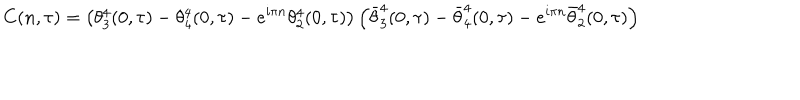
C ( n , \tau ) = \left( \theta _ { 3 } ^ { 4 } ( 0 , \tau ) - \theta _ { 4 } ^ { 4 } ( 0 , \tau ) - e ^ { i \pi n } \theta _ { 2 } ^ { 4 } ( 0 , \tau ) \right) \left( \bar { \theta } _ { 3 } ^ { 4 } ( 0 , \tau ) - \bar { \theta } _ { 4 } ^ { 4 } ( 0 , \tau ) - e ^ { i \pi n } \bar { \theta } _ { 2 } ^ { 4 } ( 0 , \tau ) \right)